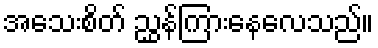
အသေးစိတ် ညွှန်ကြားနေလေသည်။